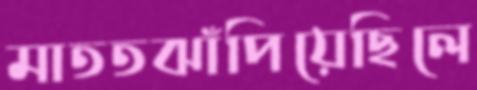
মাততঝাঁপিয়েছিলে